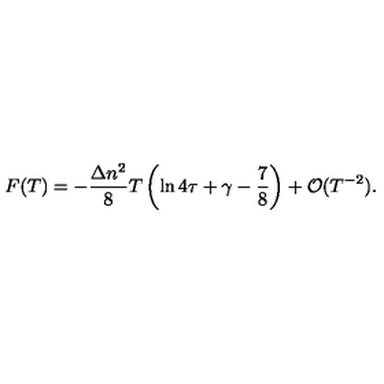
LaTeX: F ( T ) = - \frac { \Delta n ^ { 2 } } { 8 } T \left( \ln 4 \tau + \gamma - \frac { 7 } { 8 } \right) + { \cal O } ( T ^ { - 2 } ) .